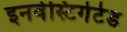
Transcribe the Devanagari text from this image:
इनवेस्टिगेटेड